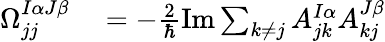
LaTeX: \begin{array}{rl}{\Omega_{jj}^{I\alpha J\beta}}&{{}=-\frac 2\hbar\mathrm{Im}\sum_{k\neq j}A_{jk}^{I\alpha}A_{kj}^{J\beta}}\end{array}